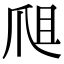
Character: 𤔈